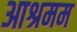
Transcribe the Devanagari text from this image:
आश्रमम